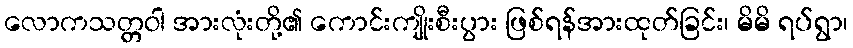
လောကသတ္တဝါ အားလုံးတို့၏ ကောင်းကျိုးစီးပွား ဖြစ်ရန်အားထုတ်ခြင်း၊ မိမိ ရပ်ရွာ၊